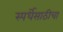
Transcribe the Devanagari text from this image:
स्पर्धेसाठीचा